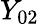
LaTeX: Y_{02}